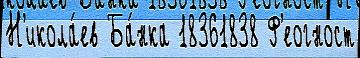
Н'икола́ев Ба́нка 18361838 Ф'еогност